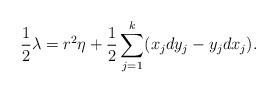
\begin{align*}\frac{1}{2}\lambda = r^2\eta + \frac{1}{2}\sum_{j=1}^{k}(x_jdy_j-y_jdx_j).\end{align*}